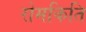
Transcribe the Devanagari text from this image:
रोमकिति